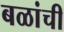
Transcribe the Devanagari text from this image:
बळांची